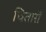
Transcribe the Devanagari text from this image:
चितारों